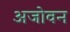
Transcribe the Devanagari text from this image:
अजोवन